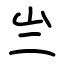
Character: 亗